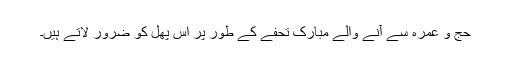
حج و عمرہ سے آنے والے مبارک تحفے کے طور پر اس پھل کو ضرور لاتے ہیں۔